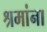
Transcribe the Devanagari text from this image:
श्रमांना